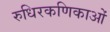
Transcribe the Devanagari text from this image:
रुधिरकणिकाओं